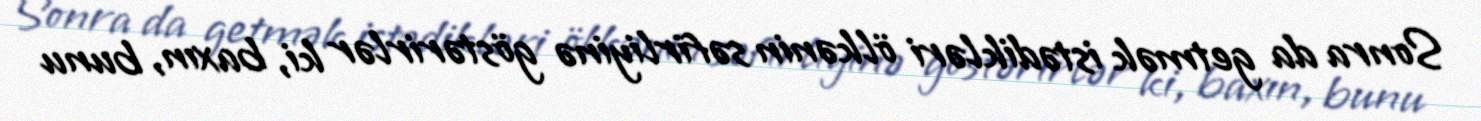
Sonra da getmək istədikləri ölkənin səfirliyinə göstərirlər ki, baxın, bunu